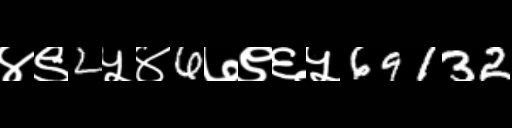
Text: ४९2५४6७९६५69132